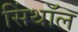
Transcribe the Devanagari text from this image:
सिंथॉल